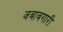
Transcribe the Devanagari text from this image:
जबाबगारी